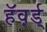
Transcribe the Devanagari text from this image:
हॅव़र्ड्